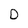
Character: D